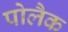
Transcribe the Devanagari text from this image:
पोलैक